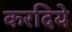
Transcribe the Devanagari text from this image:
करदिये